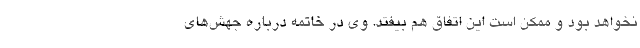
نخواهد بود و ممکن است این اتفاق هم بیفتد. وی در خاتمه درباره جهش‌های